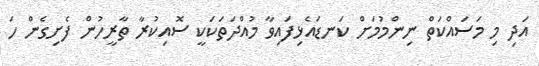
އަދި މި މަސައްކަތް ނިންމުމަށް ކަނޑައެޅިފައިވާ މުއްދަތަކަކީ ސޮއިކުރާ ތާރީހުން ފެށިގެން ހަ